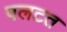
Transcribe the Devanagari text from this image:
पलटत